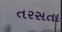
તરસતા